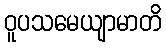
ဝူပသမေယျာမာတိ